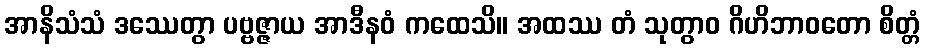
အာနိသံသံ ဒဿေတွာ ပဗ္ဗဇ္ဇာယ အာဒီနဝံ ကထေသိ။ အထဿ တံ သုတွာဝ ဂိဟိဘာဝတော စိတ္တံ